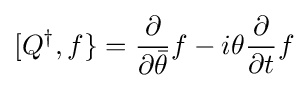
[Q^{\dagger },f\}={\frac {\partial }{\partial {\bar {\theta }}}}f-i\theta {\frac {\partial }{\partial t}}f